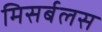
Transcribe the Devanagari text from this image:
मिसर्बलस